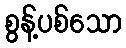
စွန့်ပစ်သော